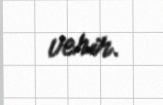
verir.